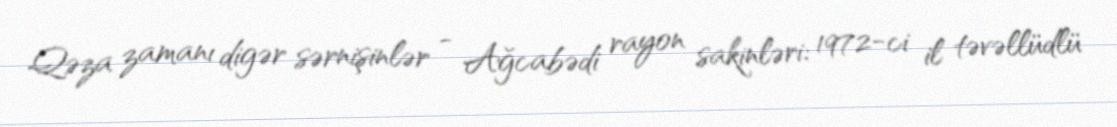
Qəza zamanı digər sərnişinlər - Ağcabədi rayon sakinləri: 1972-ci il təvəllüdlü